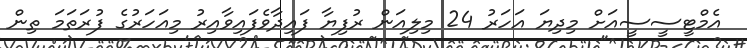
އެމްޓީސީސީއަށް މިދިޔަ އަހަރު 24 މިލިއަން ރުފިޔާ ފައިދާވެފައިވާއިރު މިއަހަރުގެ ފުރަތަމަ ތިން